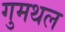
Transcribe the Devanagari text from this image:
गुमथल